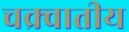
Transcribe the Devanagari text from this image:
चक्र्वातीय